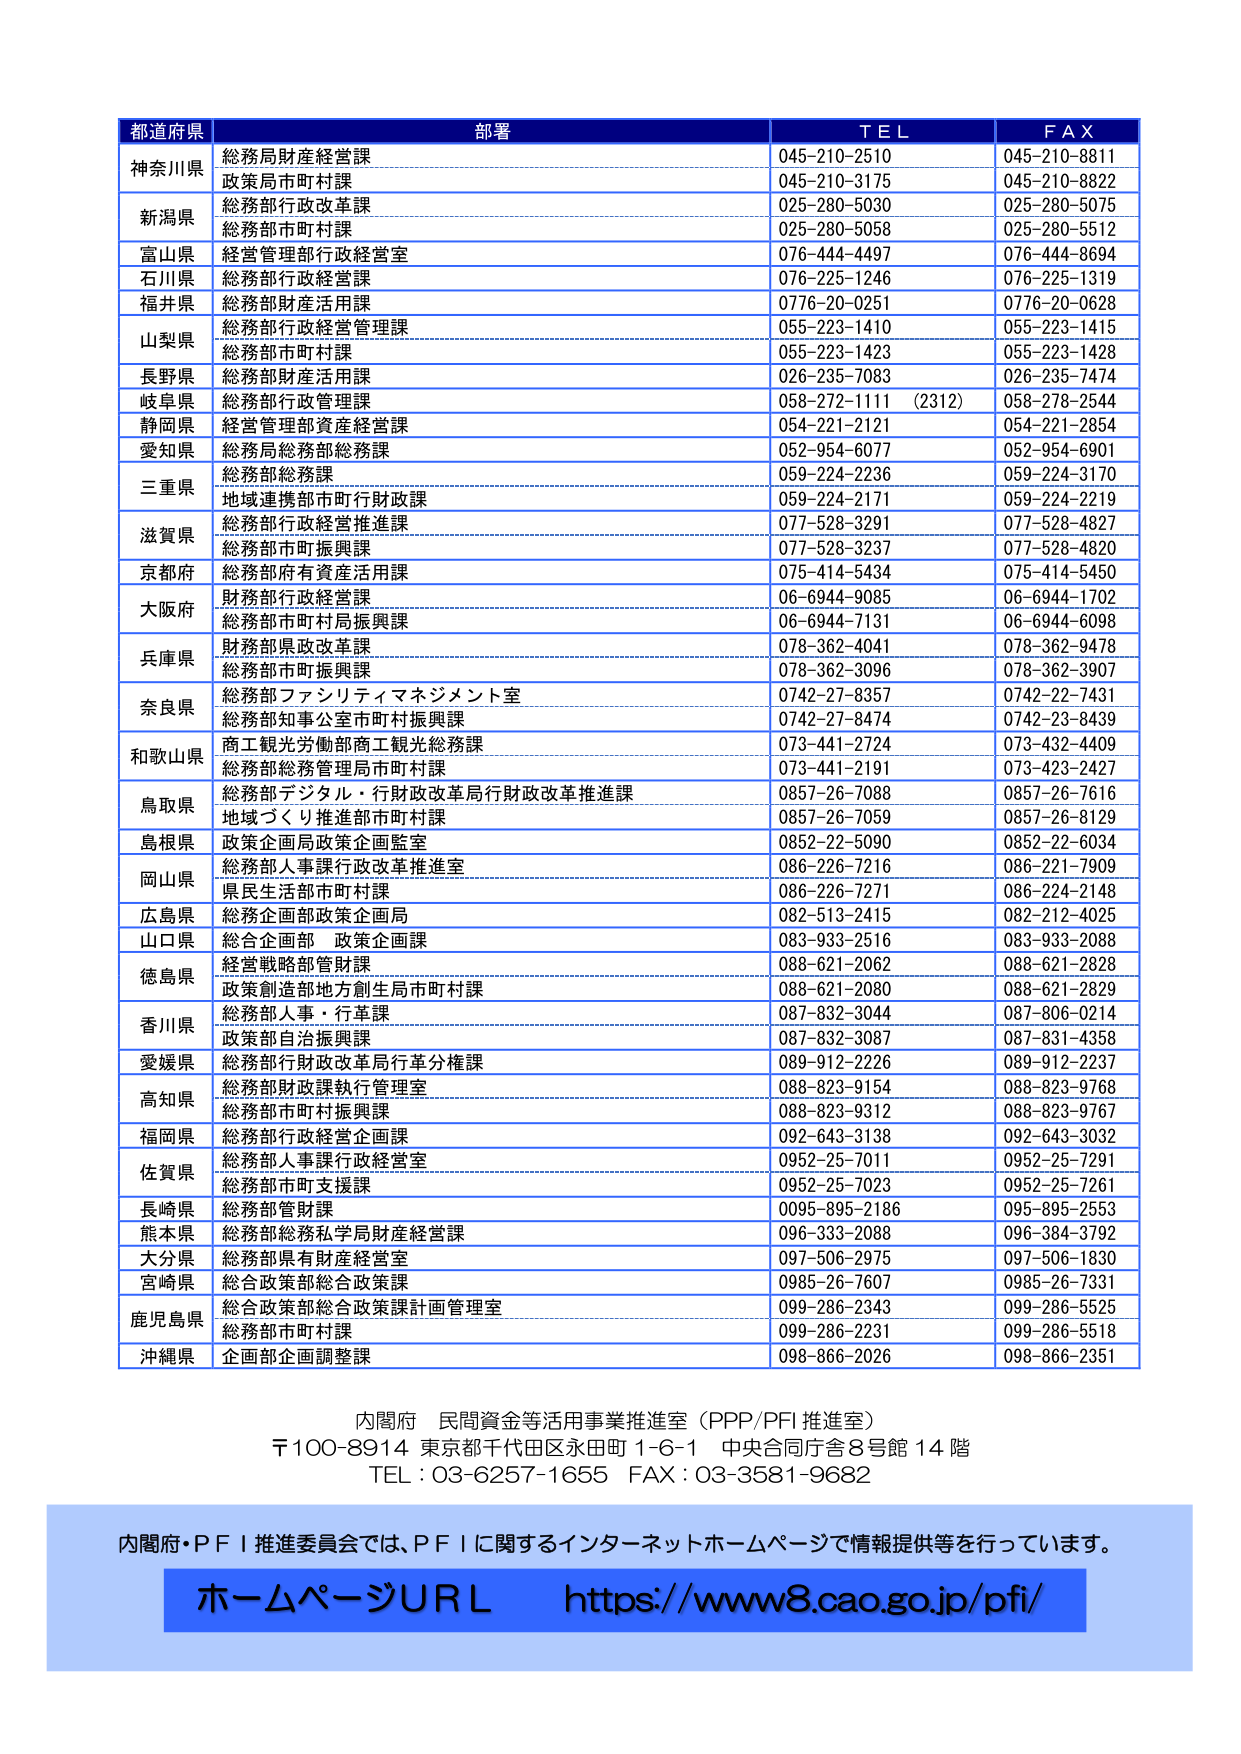
都道府県 部署 TEL FAX
神奈川県 総務局財産経営課 045-210-2510 045-210-8811
　　　　　政策局市町村課 045-210-3175 045-210-8822
新潟県 総務部行政改革課 025-280-5030 025-280-5075
　　　　総務部市町村課 025-280-5058 025-280-5512
富山県 経営管理部行政経営室 076-444-4497 076-444-8694
石川県 総務部行政経営課 076-225-1246 076-225-1319
福井県 総務部財産活用課 0776-20-0251 0776-20-0628
山梨県 総務部行政経営管理課 055-223-1410 055-223-1415
　　　　総務部市町村課 055-223-1423 055-223-1428
長野県 総務部財産活用課 026-235-7083 026-235-7474
岐阜県 総務部行政管理課 058-272-1111 (2312) 058-278-2544
静岡県 経営管理部資産経営課 054-221-2121 054-221-2854
愛知県 総務局総務部総務課 052-954-6077 052-954-6901
三重県 総務部総務課 059-224-2236 059-224-3170
　　　　地域連携部市町村行政課 059-224-2171 059-224-2219
滋賀県 総務部行政経営推進課 077-528-3291 077-528-4827
　　　　総務部市町振興課 077-528-3237 077-528-4820
京都府 総務部府有資産活用課 075-414-5434 075-414-5450
大阪府 財務部行政経営課 06-6944-9085 06-6944-1702
　　　　総務部市町村局振興課 06-6944-7131 06-6944-6098
兵庫県 財務部県政改革課 078-362-4041 078-362-9478
　　　　総務部市町振興課 078-362-3096 078-362-3907
奈良県 総務部ファシリティマネジメント室 0742-27-8357 0742-22-7431
　　　　総務部知事公室市町村振興課 0742-27-8474 0742-23-8439
和歌山県 商工観光労働部商工観光総務課 073-441-2724 073-432-4409
　　　　総務部総務管理局市町村課 073-441-2191 073-423-2427
鳥取県 総務部デジタル・行財政改革局行財政改革推進課 0857-26-7088 0857-26-7616
　　　　地域づくり推進部市町村課 0857-26-7059 0857-26-8129
島根県 政策企画局政策企画監室 0852-22-5090 0852-22-6034
岡山県 総務部人事課行政改革推進室 086-226-7216 086-221-7909
　　　　県民生活部市町村課 086-226-7271 086-224-2148
広島県 総務企画部政策企画局 082-513-2415 082-212-4025
山口県 総合企画部 政策企画課 083-933-2516 083-933-2088
徳島県 経営戦略部管財課 088-621-2062 088-621-2828
　　　　政策創造部地方創生局市町村課 088-621-2080 088-621-2829
香川県 総務部人事・行革課 087-832-3044 087-806-0214
　　　　政策部自治振興課 087-832-3087 087-831-4358
愛媛県 総務部行財政改革局行革分権課 089-912-2226 089-912-2237
高知県 総務部財政執行管理室 088-823-9154 088-823-9768
　　　　総務部市町村振興課 088-823-9312 088-823-9767
福岡県 総務部行政経営企画課 092-643-3138 092-643-3032
佐賀県 総務部人事課行政経営室 0952-25-7011 0952-25-7291
　　　　総務部市町支援課 0952-25-7023 0952-25-7261
長崎県 総務部管財課 0095-895-2186 095-895-2553
熊本県 総務部総務私学局財産経営課 096-333-2088 096-384-3792
大分県 総務部県有財産経営室 097-506-2975 097-506-1830
宮崎県 総合政策部総合政策課 0985-26-7607 0985-26-7331
鹿児島県 総合政策部総合政策課計画管理室 099-286-2343 099-286-5525
　　　　総務部市町村課 099-286-2231 099-286-5518
沖縄県 企画部企画調整課 098-866-2026 098-866-2351

内閣府 民間資金等活用事業推進室（PPP/PFI 推進室）
〒100-8914 東京都千代田区永田町 1-6-1 中央合同庁舎8号館 14 階
TEL：03-6257-1655 FAX：03-3581-9682

内閣府・ＰＦＩ推進委員会では、ＰＦＩに関するインターネットホームページで情報提供等を行っています。
ホームページＵＲＬ https://www8.cao.go.jp/pfi/